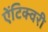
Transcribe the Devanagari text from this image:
ऐंटिक्वरी